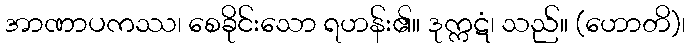
အာဏာပကဿ၊ စေခိုင်းသော ရဟန်း၏။ ဒုက္ကဋံ၊ သည်။ (ဟောတိ)၊